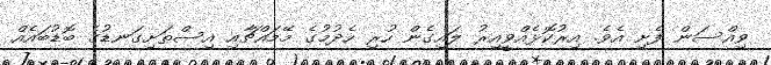
ވިއްސަން ފެށި އެވެ. އިރުކޮޅެއްވީއިރު ލައިގެން ހުރި ހެދުމުގެ މޭމައްޗާއި އިސްތަށިގަނޑުގެ ބޮޑުބައެއް